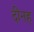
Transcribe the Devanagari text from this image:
दीनह